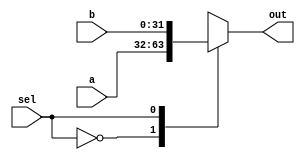
module mux_2_to_1(
    input wire sel,
    input wire [31:0] a,
    input wire [31:0] b,
    output reg [31:0] out
);

  always@(*) begin
    case (sel)
      1'b0: out = a;
      1'b1: out = b;
    endcase
  end
endmodule